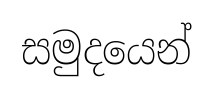
සමුදයෙන්